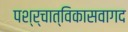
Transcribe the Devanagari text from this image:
पश्र्चात्‌विकासवागद